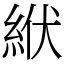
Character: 絥